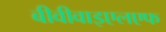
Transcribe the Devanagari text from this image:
बीवीवाइएलएफ